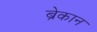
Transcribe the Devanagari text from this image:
ब्रेकान